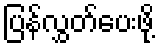
ပြန်လွှတ်ပေးဖို့